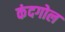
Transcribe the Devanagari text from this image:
कंदगोल